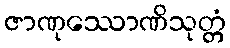
ဇာဏုဿောဏိသုတ္တံ